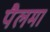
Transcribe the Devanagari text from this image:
पैलमा